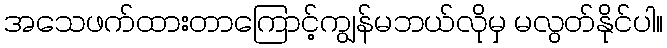
အသေဖက်ထားတာကြောင့်ကျွန်မဘယ်လိုမှ မလွတ်နိုင်ပါ။